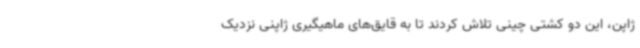
ژاپن، این دو کشتی چینی تلاش کردند تا به قایق‌های ماهیگیری ژاپنی نزدیک